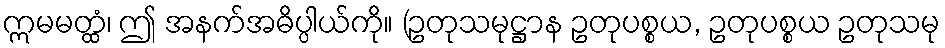
ဣမမတ္ထံ၊ ဤ အနက်အဓိပ္ပါယ်ကို။ (ဥတုသမုဋ္ဌာန ဥတုပစ္စယ, ဥတုပစ္စယ ဥတုသမု